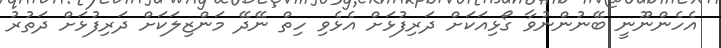
އެހެންނޫނީ ބޭނުންނުވާ ގޯޅިއަކަށް ދަރިފުޅަށް އެޅެވި ހިތް ނޭދޭ މަންޒިލަކަށް ދަރިފުޅަށް ދަތުރު